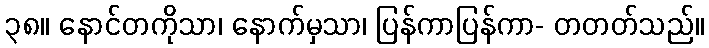
၃၈။ နောင်တကိုသာ၊ နောက်မှသာ၊ ပြန်ကာပြန်ကာ- တတတ်သည်။